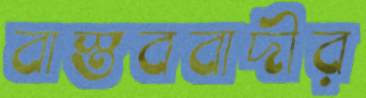
বাস্তববাদীর